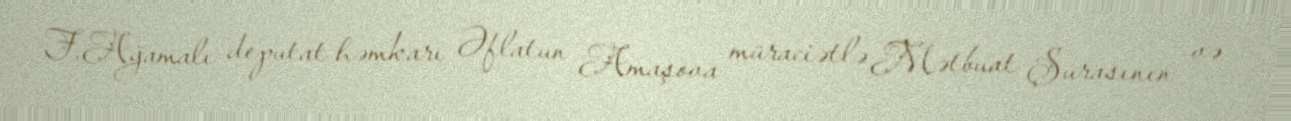
F.Ağamalı deputat həmkarı Əflatun Amaşova müraciətlə Mətbuat Şurasının və